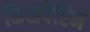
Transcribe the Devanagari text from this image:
किसपेप्टिन